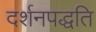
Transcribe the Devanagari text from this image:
दर्शनपद्धति